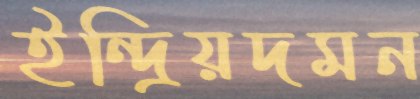
ইন্দ্রিয়দমন